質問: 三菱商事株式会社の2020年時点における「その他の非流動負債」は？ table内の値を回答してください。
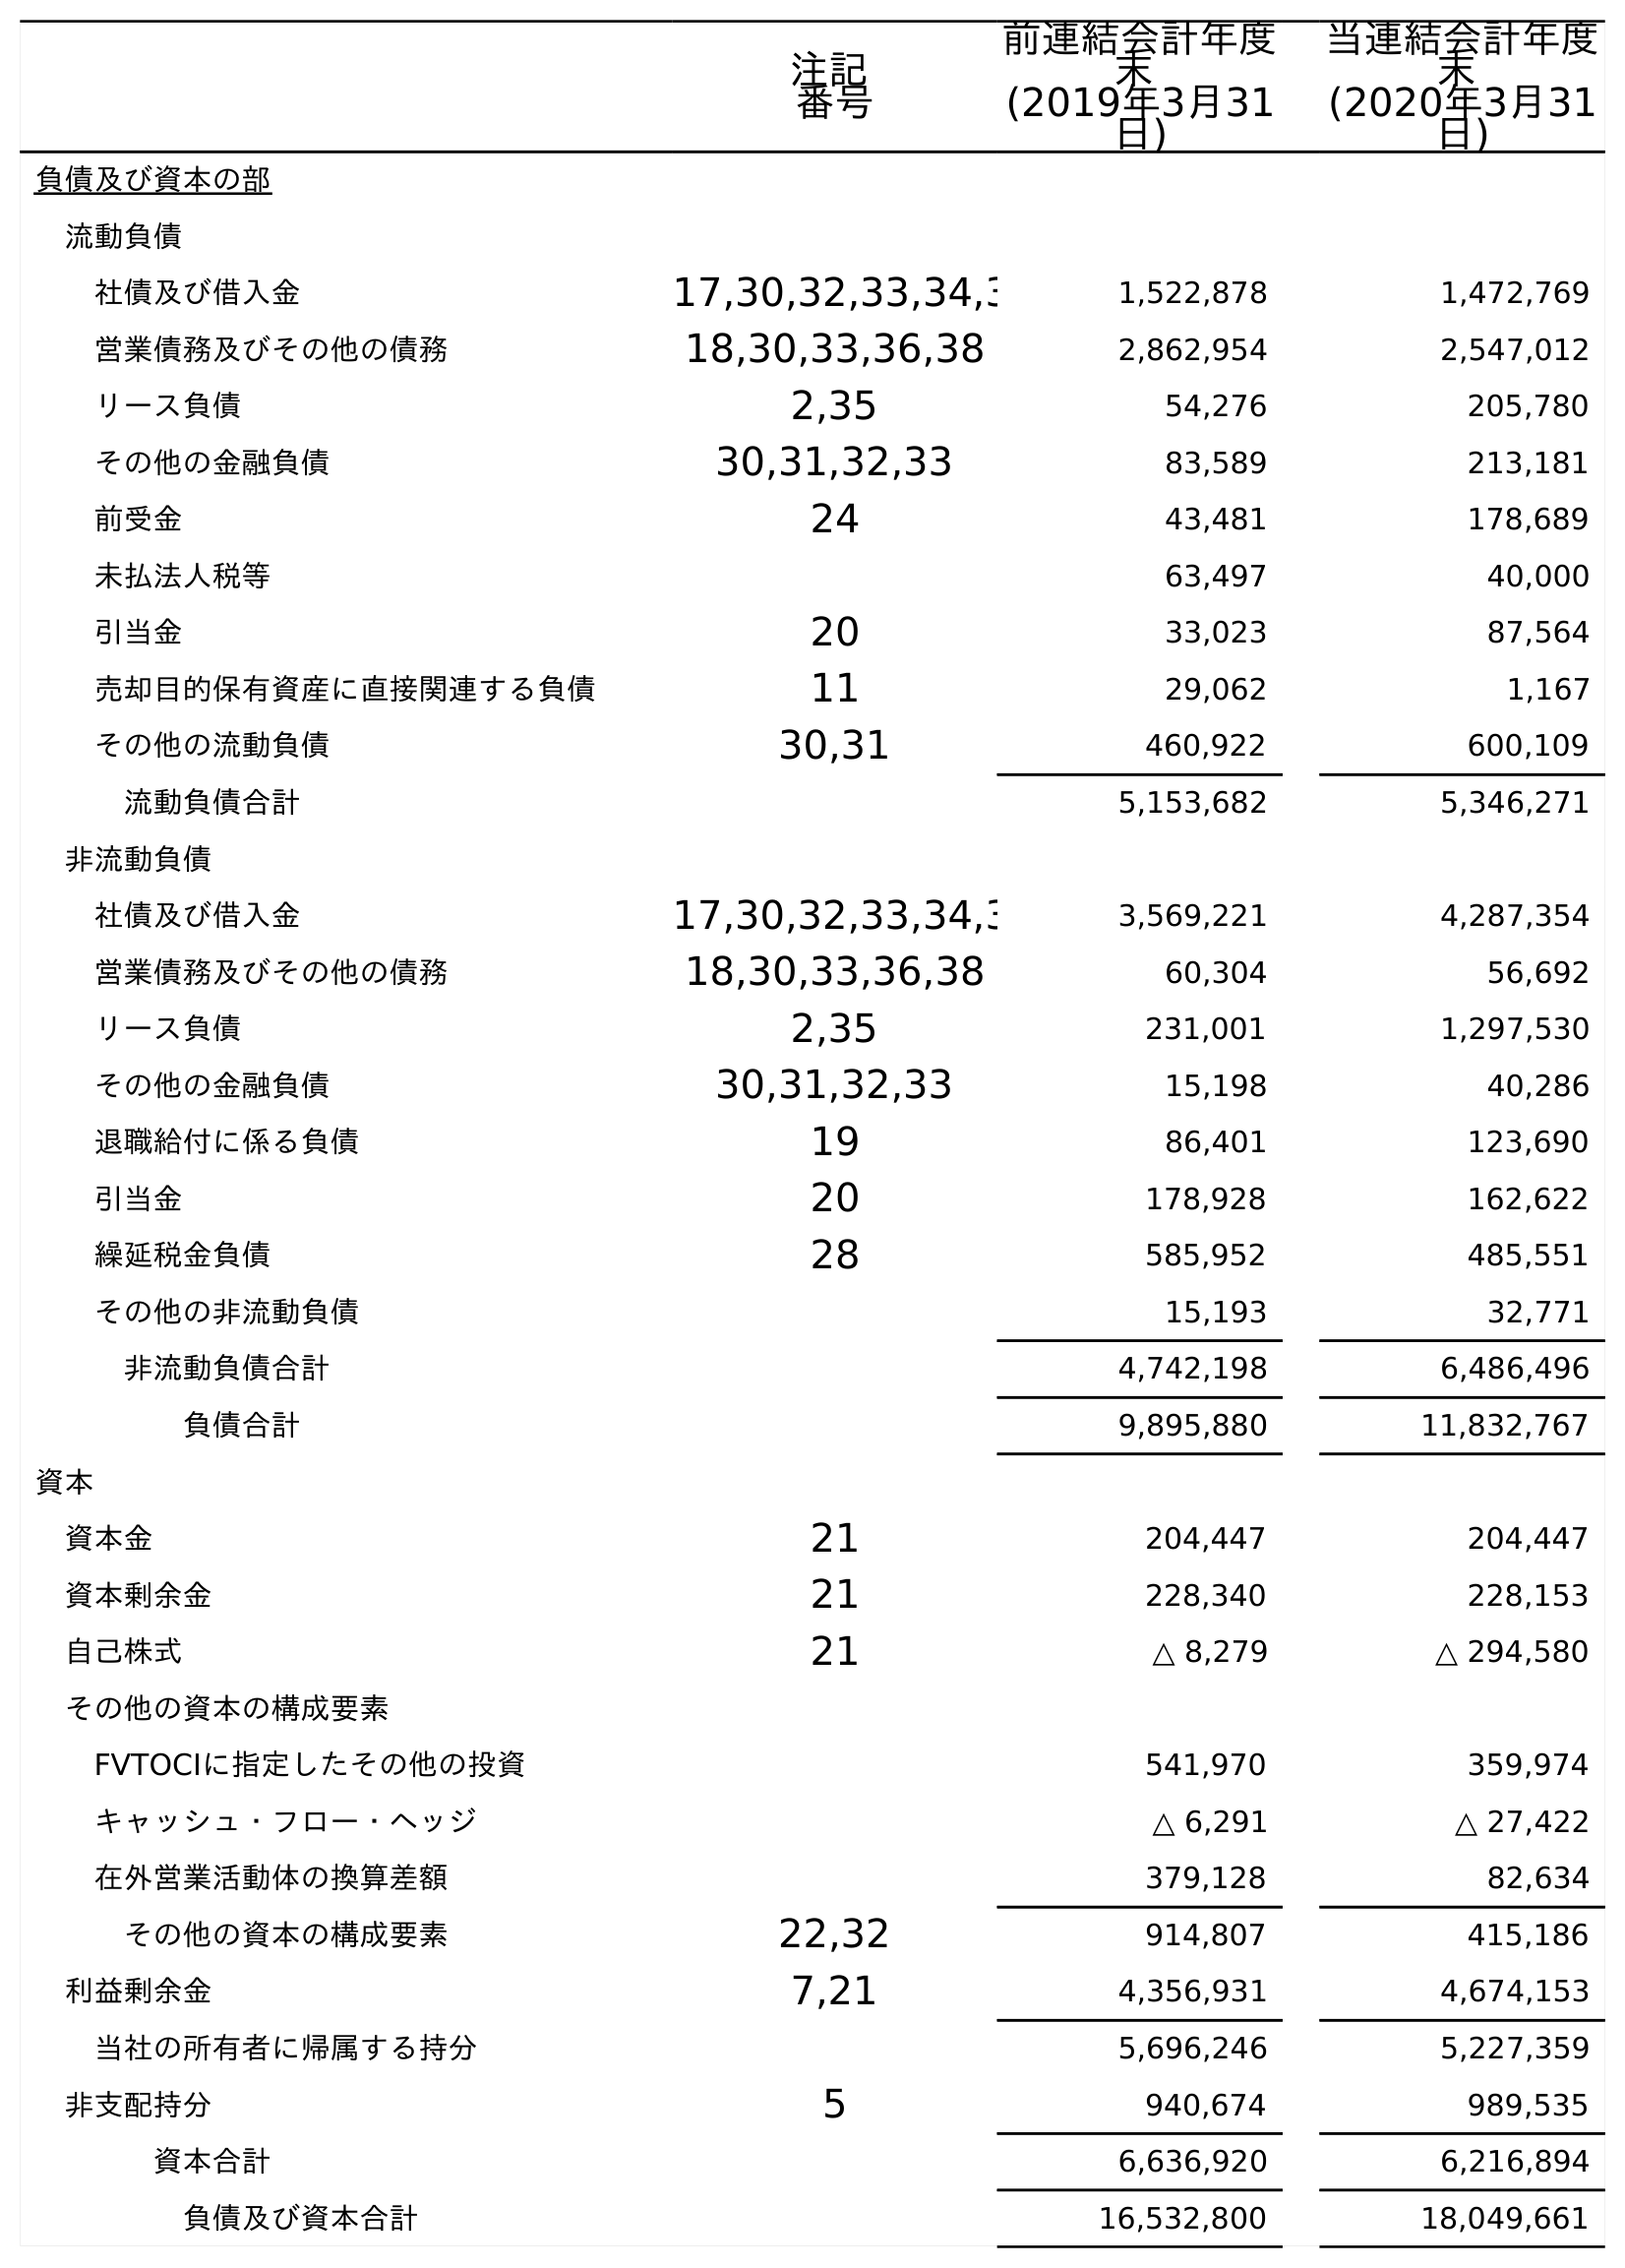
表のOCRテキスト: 注記 番号 前連結会計年度 末 (2019年3月31 日) 当連結会計年度 末 (2020年3月31 日) 負債及び資本の部 流動負債 社債及び借入金 17,30,32,33,34,3 1,522,878 1,472,769 営業債務及びその他の債務 18,30,33,36,38 2,862,954 2,547,012 リース負債 2,35 54,276 205,780 その他の金融負債 30,31,32,33 83,589 213,181 前受金 24 43,481 178,689 未払法人税等 63,497 40,000 引当金 20 33,023 87,564 売却目的保有資産に直接関連する負債 11 29,062 1,167 その他の流動負債 30,31 460,922 600,109 流動負債合計 5,153,682 5,346,271 非流動負債 社債及び借入金 17,30,32,33,34,3 3,569,221 4,287,354 営業債務及びその他の債務 18,30,33,36,38 60,304 56,692 リース負債 2,35 231,001 1,297,530 その他の金融負債 30,31,32,33 15,198 40,286 退職給付に係る負債 19 86,401 123,690 引当金 20 178,928 162,622 繰延税金負債 28 585,952 485,551 その他の非流動負債 15,193 32,771 非流動負債合計 4,742,198 6,486,496 負債合計 9,895,880 11,832,767 資本 資本金 21 204,447 204,447 資本剰余金 21 228,340 228,153 自己株式 21 △ 8,279 △ 294,580 その他の資本の構成要素 FVTOCIに指定したその他の投資 541,970 359,974 キャッシュ・フロー・ヘッジ △ 6,291 △ 27,422 在外営業活動体の換算差額 379,128 82,634 その他の資本の構成要素 22,32 914,807 415,186 利益剰余金 7,21 4,356,931 4,674,153 当社の所有者に帰属する持分 5,696,246 5,227,359 非支配持分 5 940,674 989,535 資本合計 6,636,920 6,216,894 負債及び資本合計 16,532,800 18,049,661
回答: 32,771